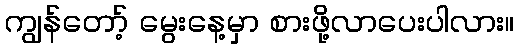
ကျွန်တော့် မွေးနေ့မှာ စားဖို့လာပေးပါလား။